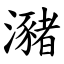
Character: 瀦